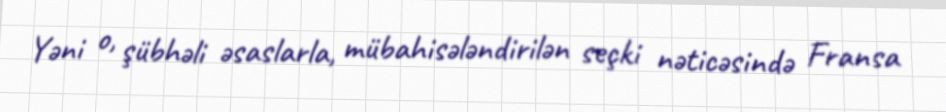
Yəni o, şübhəli əsaslarla, mübahisələndirilən seçki nəticəsində Fransa